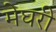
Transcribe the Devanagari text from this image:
मेघरी